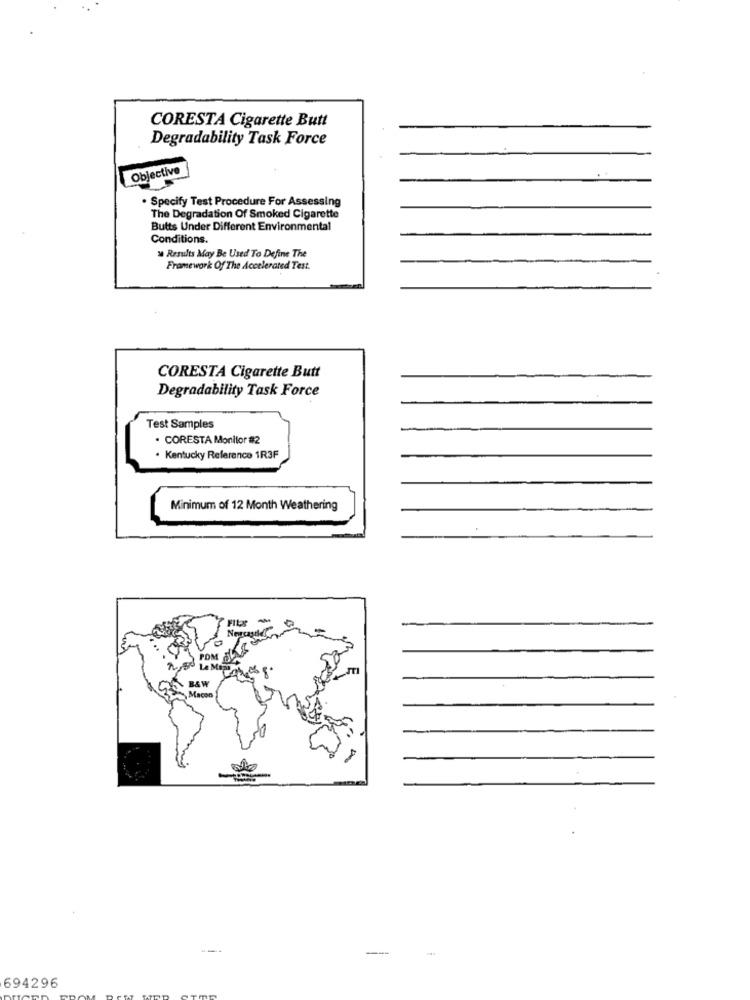
CORESTA Cigarette Butt
Degradability Task Force
Objective
. Specify Test Procedure For Assessing
The Degradation Of Smoked Cigarette
Butts Under Different Environmental
Conditions.
" Results May Be Used To Define The
Framework Of The Accelerated Test.
CORESTA Cigarette Butt
Degradability Task Force
Test Samples
. CORESTA Monitor #2
. Kentucky Reference 1R3F
Minimum of 12 Month Weathering
Newcastle
POM
Le Mo
BSW
Macon
---
---
694296